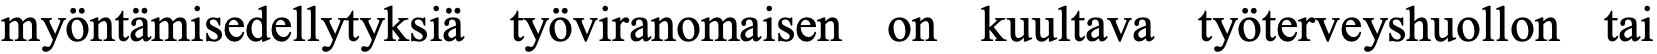
myöntämisedellytyksiä työviranomaisen on kuultava työterveyshuollon tai